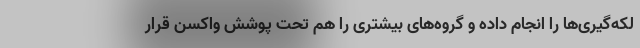
لکه‌گیری‌ها را انجام داده و گروه‌های بیشتری را هم تحت پوشش واکسن قرار